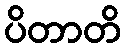
ပိတာတိ